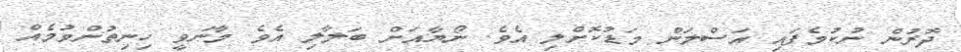
ދޮރުން ނުކުމެފައި އަސްލަން މަޑުކޮށްލި އެވެ. ނޯޔާއަށް ބަލާލި އެވެ. މާނަވީ ހިނިތުންވުމެއް